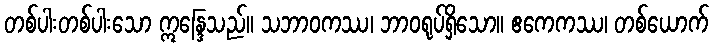
တစ်ပါးတစ်ပါးသော ဣန္ဒြေသည်။ သဘာဝကဿ၊ ဘာဝရုပ်ရှိသော။ ဧကေကဿ၊ တစ်ယောက်